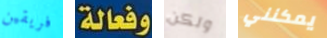
فريقين وفعالة ولكن يمكنني